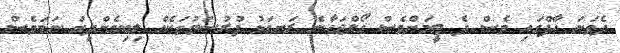
ދެވަނަ ހާފްގައި ވެސް ދެ ޓީމަށްވެސް ގޯލްޖަހާނެ ރަނގަޅު ފުރުސަތުތަކެއް ލިބިގެންދިޔަ ނަމަވެސް